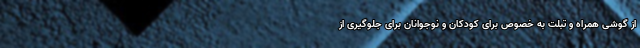
از گوشی همراه و تبلت به خصوص برای کودکان و نوجوانان برای جلوگیری از